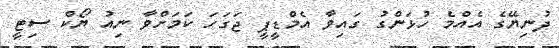
ދުނިޔޭގެ އެއްމެ ހުޅަންގު ގައިވާ އެމްޑީޕީ ޖަގަހަ ކަމަށްވާ ނިއު ޔޯކް ސިޓީ